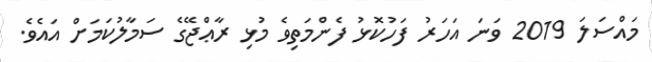
މައްސަލަ 2019 ވަނަ އަހަރު ފަހުކޮޅު ފެންމަތިވެ މުޅި ރާޢްޖޭގެ ސަމާލުކަމަށް އައެވެ.